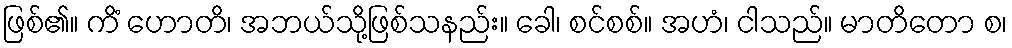
ဖြစ်၏။ ကိံ ဟောတိ၊ အဘယ်သို့ဖြစ်သနည်း။ ခေါ၊ စင်စစ်။ အဟံ၊ ငါသည်။ မာတိတော စ၊